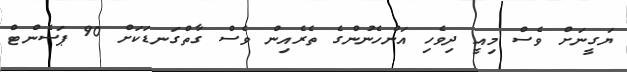
ޔަގީނަށް ވެސް މިއީ ދިވެހި އަންހެނުންގެ ތެރެއިން ވެސް ގާތްގަނޑަކަށް 90 ޕަސެންޓް